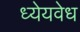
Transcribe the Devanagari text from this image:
ध्येयवेध